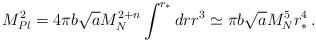
LaTeX: \begin{align*}M_{Pl}^2 = 4\pi b\sqrt{a}M_N^{2+n}\int^{r_*}dr r^3\simeq \pi b\sqrt{a}M_N^5r_*^4\,.\end{align*}